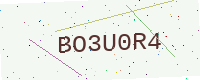
Text: BO3U0R4